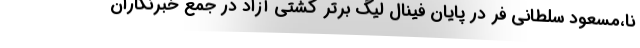
نا،مسعود سلطانی فر در پایان فینال لیگ برتر کشتی آزاد در جمع خبرنگاران